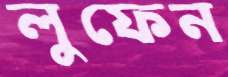
লুফেন